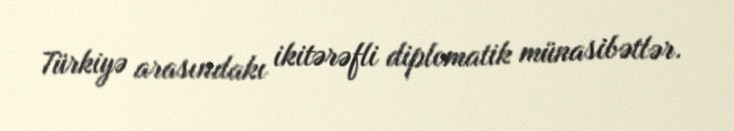
Türkiyə arasındakı ikitərəfli diplomatik münasibətlər.